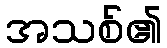
အသစ်၏